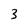
Character: 3